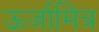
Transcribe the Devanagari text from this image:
ऊर्जामित्र